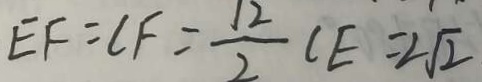
E F = C F = \frac { 1 2 } { 2 } C E = 2 \sqrt { 2 }